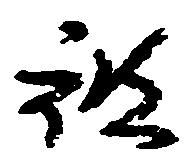
被